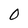
Character: 0